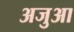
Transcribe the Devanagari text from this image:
अजुआ